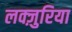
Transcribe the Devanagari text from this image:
लक्ज़ुरिया